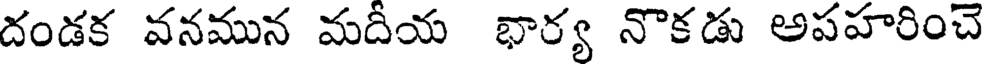
దండక వనమున మదీయ భార్య నొకడు అపహరించె